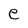
Character: e